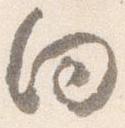
向